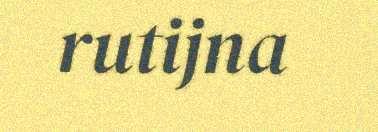
rutijna